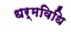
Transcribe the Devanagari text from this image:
धर्मविधि